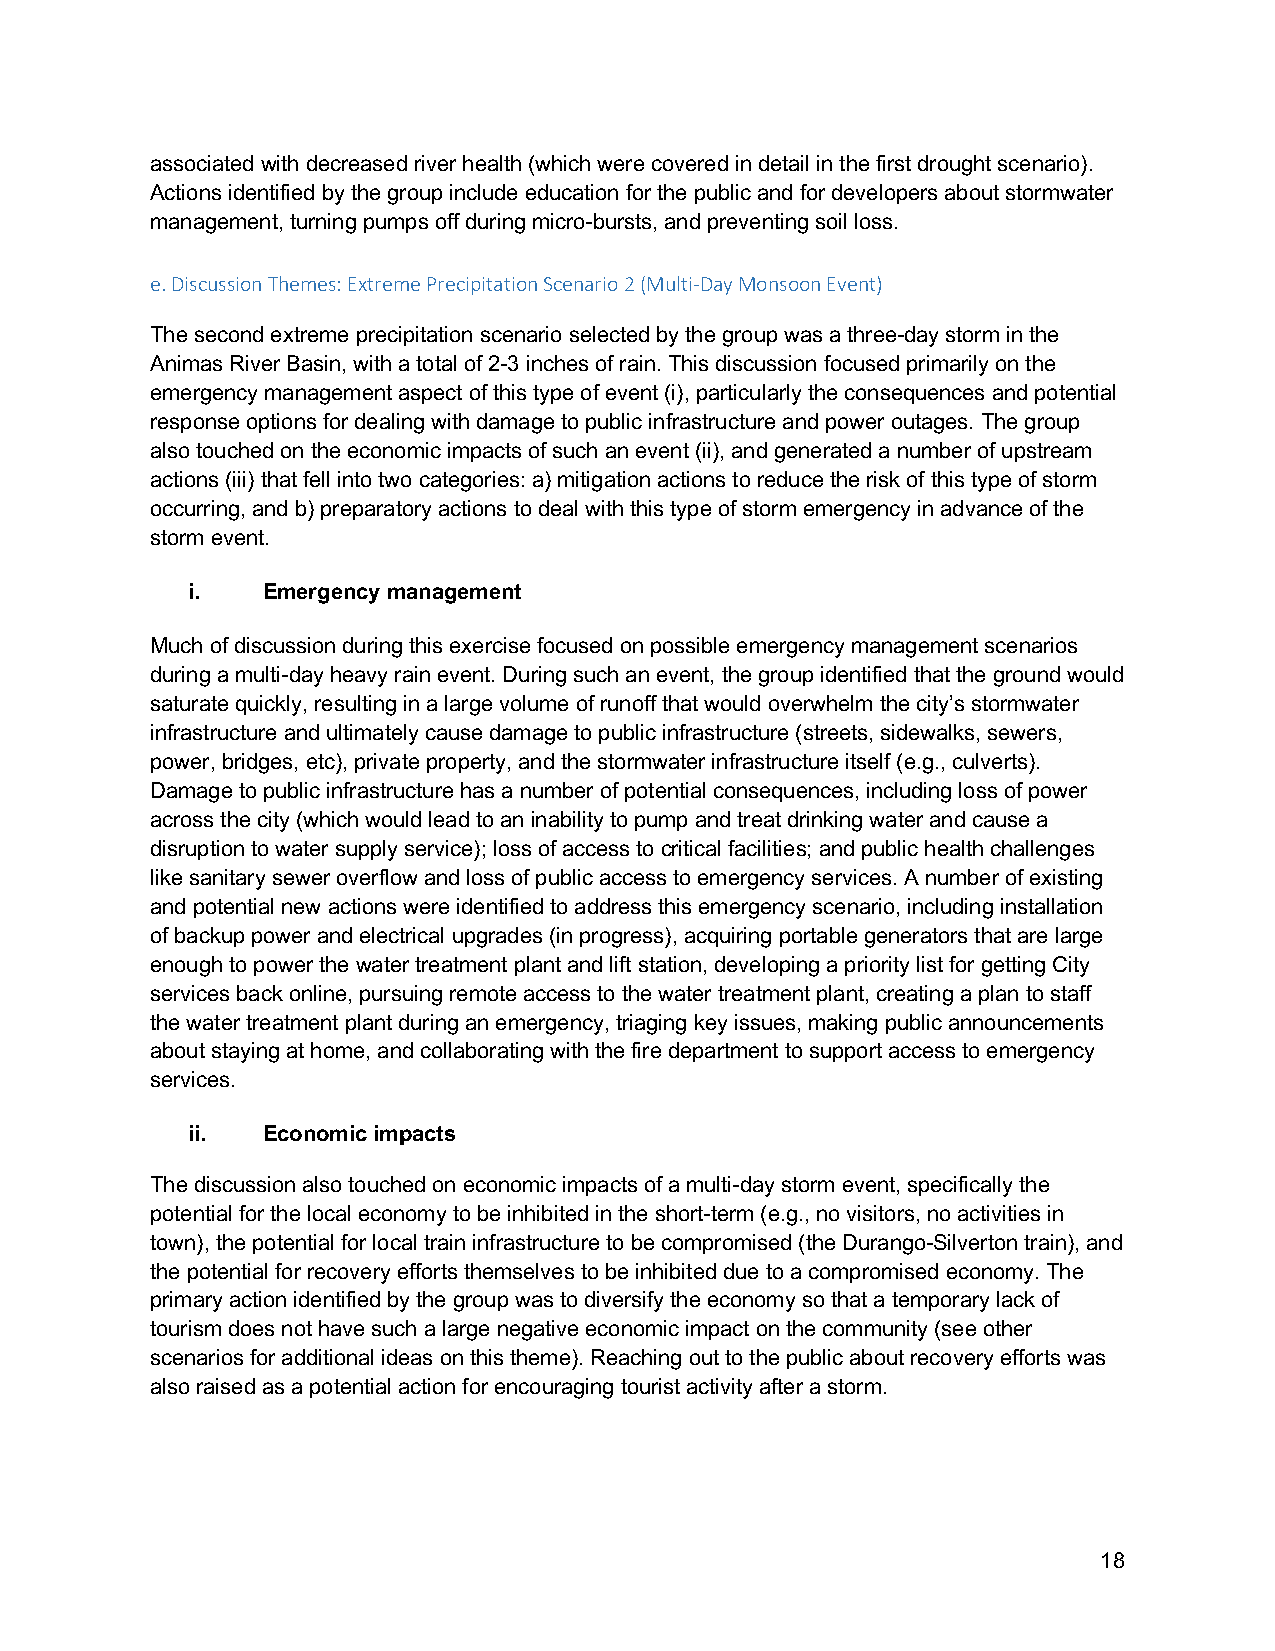
associated with decreased river health (which were covered in detail in the first drought scenario).
 Actions identified by the group include education for the public and for developers about stormwater
 management, turning pumps off during micro-bursts, and preventing soil loss.
 e. Discussion Themes: Extreme Precipitation Scenario 2 (Multi-Day Monsoon Event)
 The second extreme precipitation scenario selected by the group was a three-day storm in the
 Animas River Basin, with a total of 2-3 inches of rain. This discussion focused primarily on the
 emergency management aspect of this type of event (i), particularly the consequences and potential
 response options for dealing with damage to public infrastructure and power outages. The group
 also touched on the economic impacts of such an event (ii), and generated a number of upstream
 actions (iii) that fell into two categories: a) mitigation actions to reduce the risk of this type of storm
 occurring, and b) preparatory actions to deal with this type of storm emergency in advance of the
 storm event.
 i.   Emergency management
 Much of discussion during this exercise focused on possible emergency management scenarios
 during a multi-day heavy rain event. During such an event, the group identified that the ground would
 saturate quickly, resulting in a large volume of runoff that would overwhelm the city’s stormwater
 infrastructure and ultimately cause damage to public infrastructure (streets, sidewalks, sewers,
 power, bridges, etc), private property, and the stormwater infrastructure itself (e.g., culverts).
 Damage to public infrastructure has a number of potential consequences, including loss of power
 across the city (which would lead to an inability to pump and treat drinking water and cause a
 disruption to water supply service); loss of access to critical facilities; and public health challenges
 like sanitary sewer overflow and loss of public access to emergency services. A number of existing
 and potential new actions were identified to address this emergency scenario, including installation
 of backup power and electrical upgrades (in progress), acquiring portable generators that are large
 enough to power the water treatment plant and lift station, developing a priority list for getting City
 services back online, pursuing remote access to the water treatment plant, creating a plan to staff
 the water treatment plant during an emergency, triaging key issues, making public announcements
 about staying at home, and collaborating with the fire department to support access to emergency
 services.
 ii.  Economic impacts
 The discussion also touched on economic impacts of a multi-day storm event, specifically the
 potential for the local economy to be inhibited in the short-term (e.g., no visitors, no activities in
 town), the potential for local train infrastructure to be compromised (the Durango-Silverton train), and
 the potential for recovery efforts themselves to be inhibited due to a compromised economy. The
 primary action identified by the group was to diversify the economy so that a temporary lack of
 tourism does not have such a large negative economic impact on the community (see other
 scenarios for additional ideas on this theme). Reaching out to the public about recovery efforts was
 also raised as a potential action for encouraging tourist activity after a storm.
 18